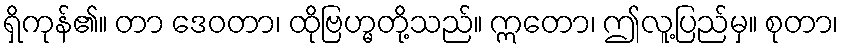
ရှိကုန်၏။ တာ ဒေဝတာ၊ ထိုဗြဟ္မတို့သည်။ ဣတော၊ ဤလူ့ပြည်မှ။ စုတာ၊